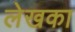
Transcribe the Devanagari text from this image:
लेखका